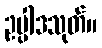
ဥပ္ပါဒသုတ်။